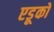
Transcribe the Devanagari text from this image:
एडूकों